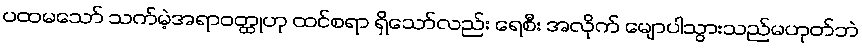
ပထမသော် သက်မဲ့အရာဝတ္ထုဟု ထင်စရာ ရှိသော်လည်း ရေစီး အလိုက် မျောပါသွားသည်မဟုတ်ဘဲ